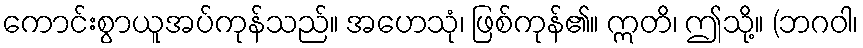
ကောင်းစွာယူအပ်ကုန်သည်။ အဟေသုံ၊ ဖြစ်ကုန်၏။ ဣတိ၊ ဤသို့။ (ဘဂဝါ၊